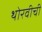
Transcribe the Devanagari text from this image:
थोरवीची